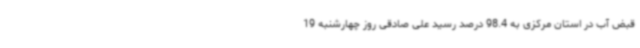
قبض آب در استان مرکزی به 98.4 درصد رسید علی صادقی روز چهارشنبه 19